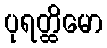
ပုရတ္ထိမော